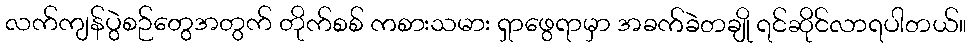
လက်ကျန်ပွဲစဉ်တွေအတွက် တိုက်စစ် ကစားသမား ရှာဖွေရာမှာ အခက်ခဲတချို ရင်ဆိုင်လာရပါတယ်။